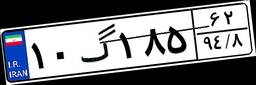
۸۰گ۳۹۰۰۵